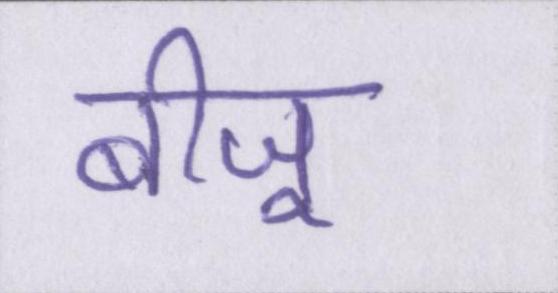
बीजू